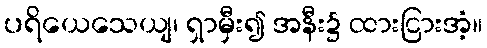
ပရိယေသေယျ၊ ရှာမှီး၍ အနီး၌ ထားငြားအံ့။